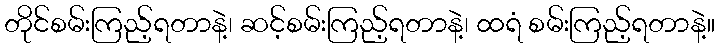
တိုင်စမ်းကြည့်ရတာနဲ့၊ ဆင့်စမ်းကြည့်ရတာနဲ့၊ ထရံ စမ်းကြည့်ရတာနဲ့။